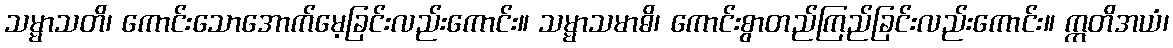
သမ္မာသတိ၊ ကောင်းသောအောက်မေ့ခြင်းလည်းကောင်း။ သမ္မာသမာဓိ၊ ကောင်းစွာတည်ကြည်ခြင်းလည်းကောင်း။ ဣတိအယံ၊